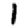
Digit: 1